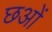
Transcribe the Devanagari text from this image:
छओं